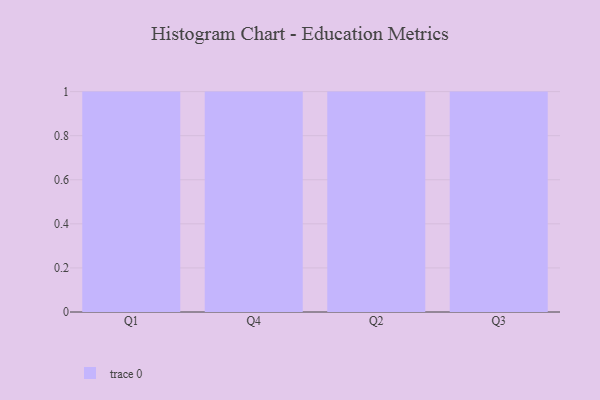
{"axis": {"x": "Quarter", "y": "Demand Index"}, "legend": [""], "data": [{"x": "Q1", "y": 51, "type": ""}, {"x": "Q4", "y": 66, "type": ""}, {"x": "Q2", "y": 25, "type": ""}, {"x": "Q3", "y": 94, "type": ""}]}